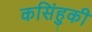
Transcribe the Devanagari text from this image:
कसिंहुकी